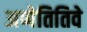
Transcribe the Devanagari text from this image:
अप्पेतितिवे